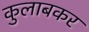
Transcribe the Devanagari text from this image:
कुलाबकर